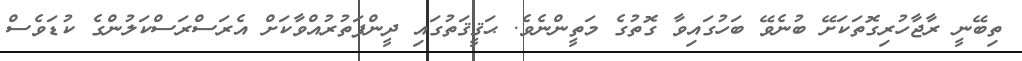
ތިބޭނީ ރާޖާހުރިގޮތަކަށޭ ބުނެވޭ ބަހުގައިވާ ގޮތުގެ މަތީންނެވެ. ޙަޤީޤަތުގައި ދީންފަތުރުއްވާކަށް އެރަސްރަސްކަލުންގެ ކުޑަވެސް